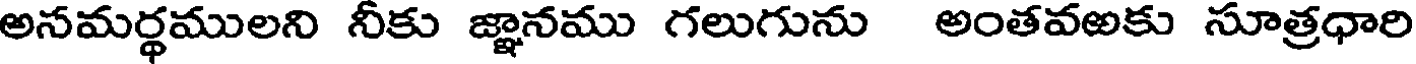
అనమర్థములని నీకు జ్ఞానము గలుగును అంతవఱకు సూత్రధారి